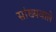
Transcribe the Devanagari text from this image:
सांख्यवाले